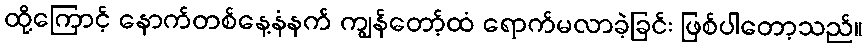
ထို့ကြောင့် နောက်တစ်နေ့နံနက် ကျွန်တော့်ထံ ရောက်မလာခဲ့ခြင်း ဖြစ်ပါတော့သည်။